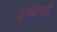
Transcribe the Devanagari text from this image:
दृष्‍टिसे